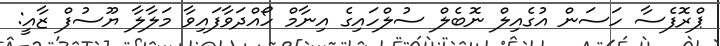
ޕްރޮފެސާ ހަސަން އުގެއިލް ނޮބެލް ސުލްހައިގެ އިނާމް ހޯއްދަވާފައިވާ މަލާލާ ޔޫސުފް ޒާއީ: